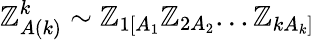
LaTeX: {\cal\mathbb{Z}}_{A(k)}^{k}\sim\mathbb{Z}_{1[A_{1}}\mathbb{Z}_{2A_{2}}...\mathbb{Z}_{kA_{k}]}